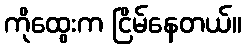
ကိုထွေးက ငြိမ်နေတယ်။